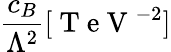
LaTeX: \frac{c_{B}}{\Lambda^{2}}[\mathrm{~T~e~V~}^{-2}]